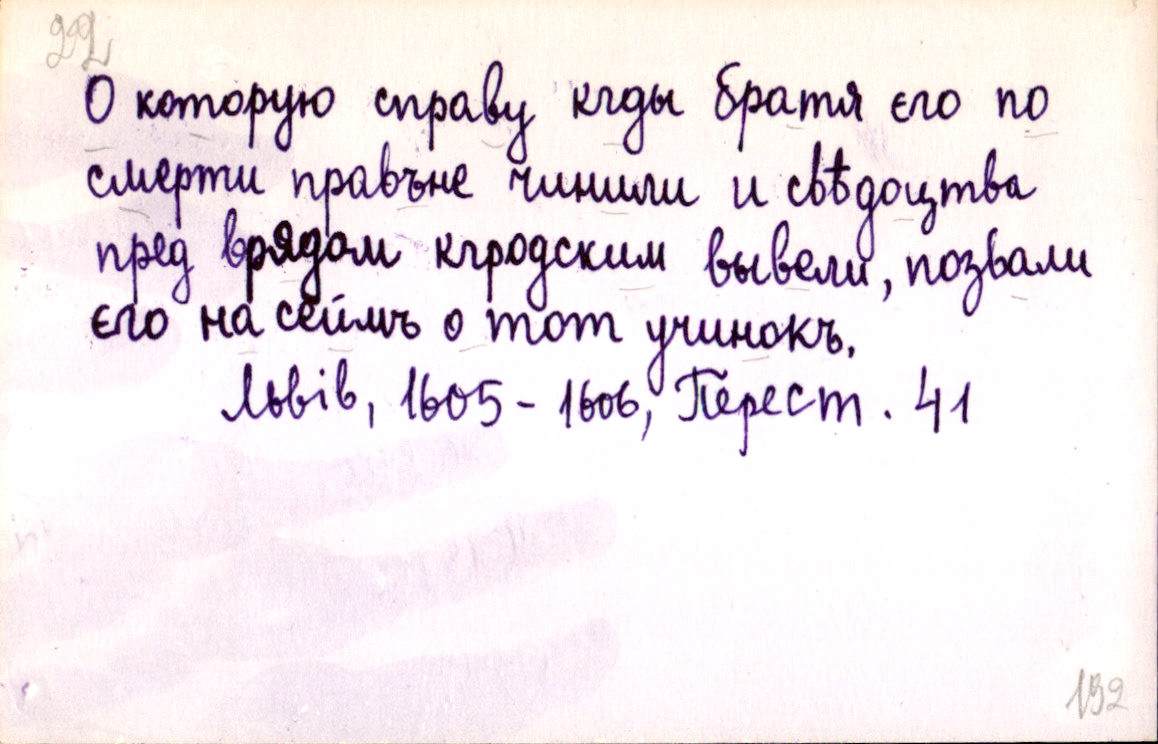
О которую справу кгды братя єго по
смерти правъне чинили и свѣдоцтва
пред врядом кгродским вывели, позвали
єго на сєймъ о тот учинокъ.
Львів, 1605-1606, Перест. 41